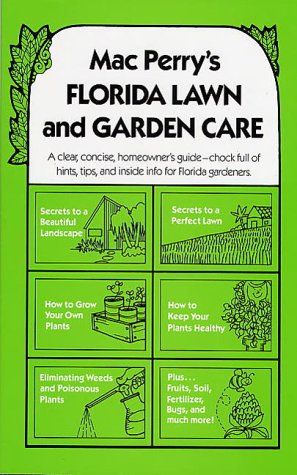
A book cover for Mac Perry's Florida Lawn and Garden Care; Mac Perry; Crafts, Hobbies & Home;